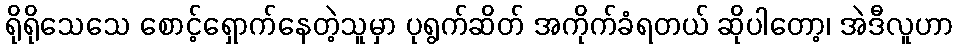
ရိုရိုသေသေ စောင့်ရှောက်နေတဲ့သူမှာ ပုရွက်ဆိတ် အကိုက်ခံရတယ် ဆိုပါတော့၊ အဲဒီလူဟာ